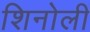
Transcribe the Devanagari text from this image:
शिनोली